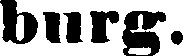
burg.